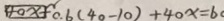
\boxed { 4 0 x + } 0 . 6 ( 4 0 - 1 0 ) + 4 0 x = 6 0